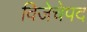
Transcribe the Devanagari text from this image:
विजेचेपद